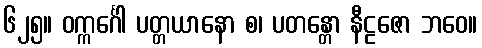
၆၂၅။ ဝက္ကင်္ဂေါ ပတ္တယာနော စ၊ ပတန္တော နီဠဇော ဘဝေ။